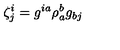
\zeta _ { j } ^ { i } = g ^ { i a } \rho _ { a } ^ { b } g _ { b j }